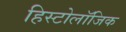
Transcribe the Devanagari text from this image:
हिस्टोलॉजिक